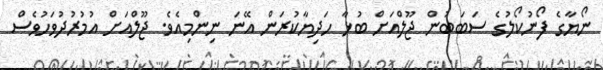
ނޯޔާގެ ފޯނުކޯލުގެ ސަބަބުން ޖޫލްއަށް ބުޅާ ހަދިޔާކުރަން އޭނަ ނިންމިއެވެ. ޖޫލްއަށް އުމުރުދުވަހުވެސް